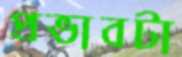
প্রভাবটা